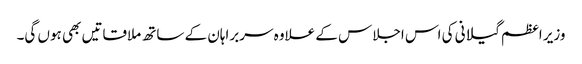
وزیر اعظم گیلانی کی اس اجلاس کے علاوہ سربراہان کے ساتھ ملاقاتیں بھی ہوں گی۔